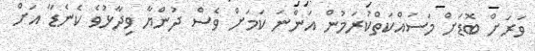
ވަރަށް ބޮޑަށް މަސައްކަތްކުރަމުން އަންނަ ކަމަށް ވެސް ދުންޔާ ވިދާޅުވެ ކެނެޑާ އަށް